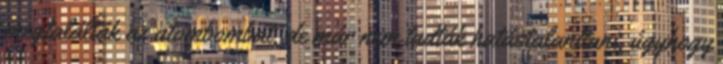
megtalálták az atombombát, de már nem tudták hatástalanítani, úgyhogy